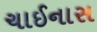
ચાઈનાસ